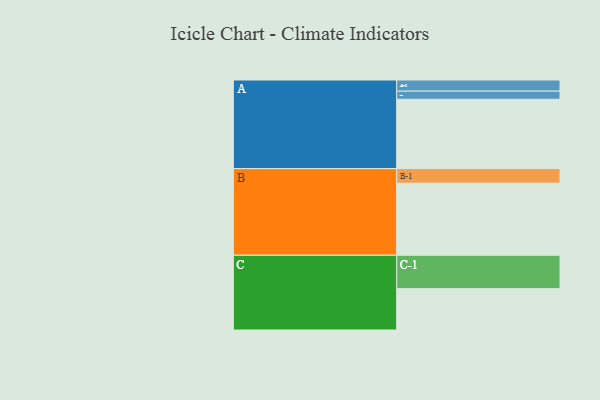
{"axis": {"x": "Segment", "y": "Value"}, "legend": ["", "A", "B", "C"], "data": [{"x": "A", "y": 549, "type": ""}, {"x": "B", "y": 570, "type": ""}, {"x": "C", "y": 327, "type": ""}, {"x": "A-1", "y": 88, "type": "A"}, {"x": "A-2", "y": 64, "type": "A"}, {"x": "B-1", "y": 115, "type": "B"}, {"x": "C-1", "y": 264, "type": "C"}]}